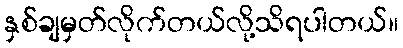
နှစ်ချမှတ်လိုက်တယ်လို့သိရပါတယ်။